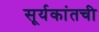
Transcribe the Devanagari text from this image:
सूर्यकांतची